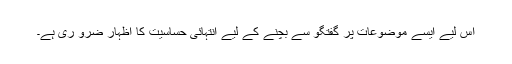
اس لیے ایسے موضوعات پر گفتگو سے بچنے کے لیے انتہائی حساسیت کا اظہار ضرو ری ہے۔